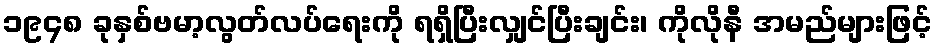
၁၉၄၈ ခုနှစ်ဗမာ့လွတ်လပ်ရေးကို ရရှိပြီးလျှင်ပြီးချင်း၊ ကိုလိုနီ အမည်များဖြင့်